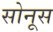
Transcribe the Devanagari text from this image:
सोनूस